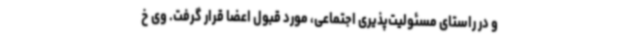
و در راستای مسئولیت‌پذیری اجتماعی، مورد قبول اعضا قرار گرفت. وی خ